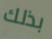
بذلك